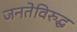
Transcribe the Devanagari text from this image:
जनतेविरुद्ध